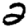
Digit: 2